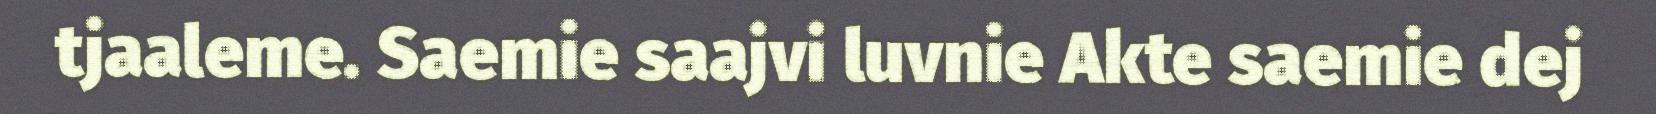
tjaaleme. Saemie saajvi luvnie Akte saemie dej